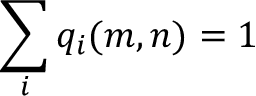
\sum _ { i } q _ { i } ( m , n ) = 1